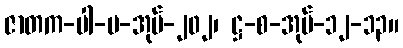
ဇာတက-ပါ-ပ-အုပ်-၂၀၂၊ ဋ္ဌ-စ-အုပ်-၁၂-၁၃။